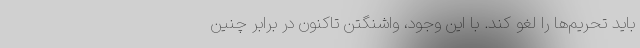
باید تحریم‌ها را لغو کند. با این وجود، واشنگتن تاکنون در برابر چنین